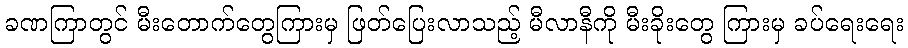
ခဏကြာတွင် မီးတောက်တွေကြားမှ ဖြတ်ပြေးလာသည့် မီလာနီကို မီးခိုးတွေ ကြားမှ ခပ်ရေးရေး